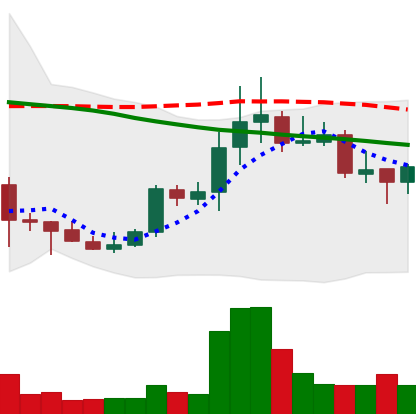
Ticker: DOGE-USD
Chart end date: 2021-10-13
Forward return: 6.325%
Label: up_5_7